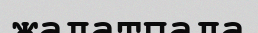
жалатпада